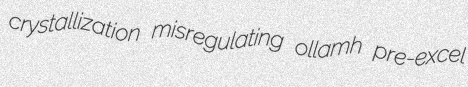
crystallization misregulating ollamh pre-excel